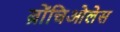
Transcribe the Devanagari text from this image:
ब्रोंचिओलेस